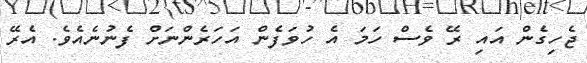
ޖެހިގެން އައި ރޭ ވެސް ހަމަ އެ ހުވަފެން އަހަރެންނަށް ފެނުނެއެވެ. އެރޭ